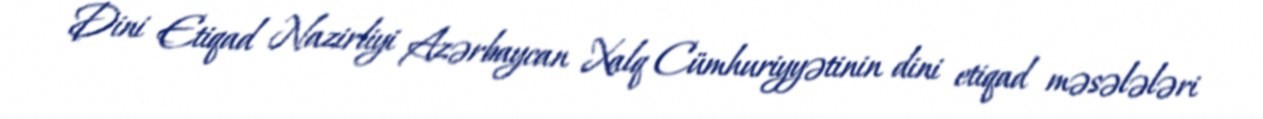
Dini Etiqad Nazirliyi Azərbaycan Xalq Cümhuriyyətinin dini etiqad məsələləri